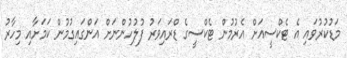
މަޑުކުރުވައި އެ ޓެކްސީއަށް އެރުމުން ޓެކްސީގެ ޑްރައިވަރު ފުލުހުންނަށް އަންގައިގުމުން ކަމަށާއި މިހާރު